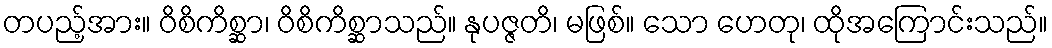
တပည့်အား။ ဝိစိကိစ္ဆာ၊ ဝိစိကိစ္ဆာသည်။ နုပဇ္ဇတိ၊ မဖြစ်။ သော ဟေတု၊ ထိုအကြောင်းသည်။